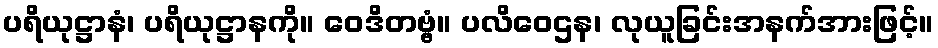
ပရိယုဋ္ဌာနံ၊ ပရိယုဋ္ဌာနကို။ ဝေဒိတဗ္ဗံ။ ပလိဝေဌန၊ လုယူခြင်းအနက်အားဖြင့်။